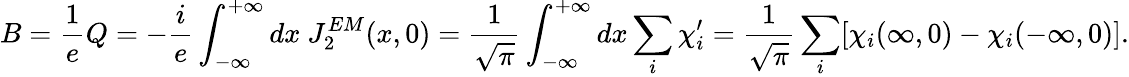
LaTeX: B=\frac{1}{e}Q=-\frac{i}{e}\int_{-\infty}^{+\infty}dx~J_{2}^{EM}(x,0)=\frac{1}{\sqrt{\pi}}\int_{-\infty}^{+\infty}dx\sum_{i}\chi_{i}^{\prime}=\frac{1}{\sqrt{\pi}}\sum_{i}[\chi_{i}(\infty,0)-\chi_{i}(-\infty,0)].